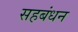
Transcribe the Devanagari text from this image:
सहबंधन